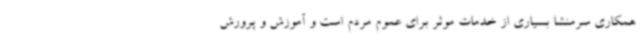
همکاری سرمنشا بسیاری از خدمات موثر برای عموم مردم است و آموزش و پرورش